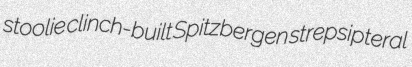
stoolie clinch-built Spitzbergen strepsipteral